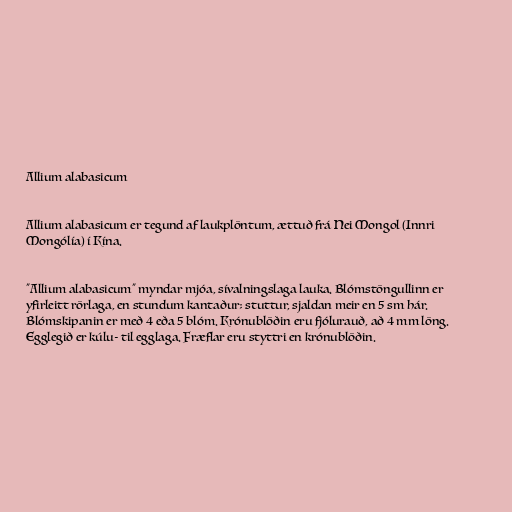
Allium alabasicum

Allium alabasicum er tegund af laukplöntum, ættuð frá Nei Mongol (Innri
Mongólía) í Kína.

"Allium alabasicum" myndar mjóa, sívalningslaga lauka. Blómstöngullinn er
yfirleitt rörlaga, en stundum kantaður; stuttur, sjaldan meir en 5 sm hár.
Blómskipanin er með 4 eða 5 blóm. Krónublöðin eru fjólurauð, að 4 mm löng.
Egglegið er kúlu- til egglaga. Fræflar eru styttri en krónublöðin.